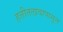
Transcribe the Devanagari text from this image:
हत्तीतलावापासून